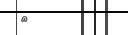
٧